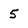
Character: 5